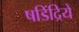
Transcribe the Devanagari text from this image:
षडिंद्रियें